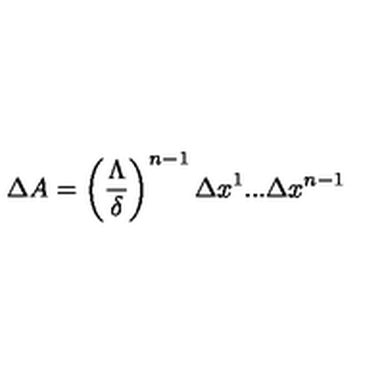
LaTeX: \, \Delta A = \left( \frac { \Lambda } { \delta } \right) ^ { n - 1 } \Delta x ^ { 1 } . . . \Delta x ^ { n - 1 } \,